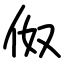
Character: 伮